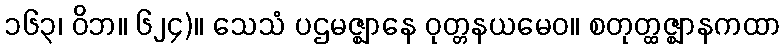
၁၆၃၊ ဝိဘ။ ၆၂၄)။ သေသံ ပဌမဇ္ဈာနေ ဝုတ္တနယမေဝ။ စတုတ္ထဇ္ဈာနကထာ